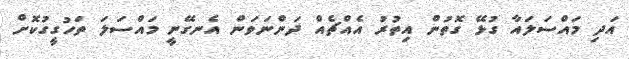
އަދި މައްސަލައާ ގުޅޭ ގޮތުން އިތުރު އެއްޗެއް ދަންނަވަން އެނގޭނީ މައްސަލަ ތަހުގީގުކޮށް